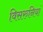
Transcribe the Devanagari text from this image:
विसरुनियां